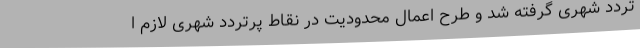
تردد شهری گرفته شد و طرح اعمال محدودیت در نقاط پرتردد شهری لازم ا